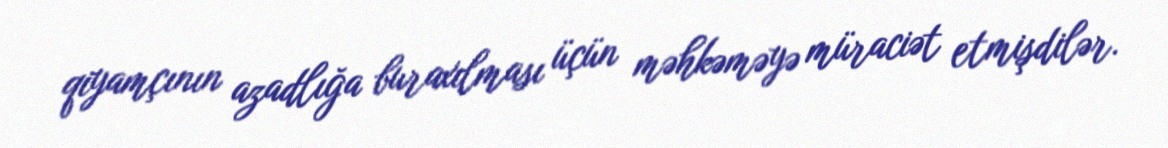
qiyamçının azadlığa buraxılması üçün məhkəməyə müraciət etmişdilər.